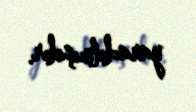
yaradılmışdır.